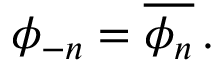
\phi _ { - n } = { \overline { { \phi _ { n } } } } \, .